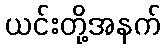
ယင်းတို့အနက်